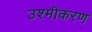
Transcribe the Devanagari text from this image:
उश्मीकरण